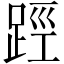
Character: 踁